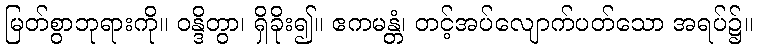
မြတ်စွာဘုရားကို။ ဝန္ဒိတွာ၊ ရှိခိုး၍။ ဧကမန္တံ၊ တင့်အပ်လျောက်ပတ်သော အရပ်၌။